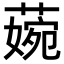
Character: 𦹅